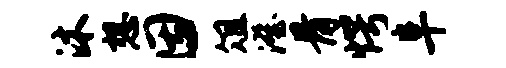
沐想因俎澄骨愕阜